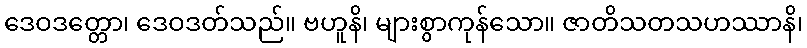
ဒေဝဒတ္တော၊ ဒေဝဒတ်သည်။ ဗဟူနိ၊ များစွာကုန်သော။ ဇာတိသတသဟဿာနိ၊